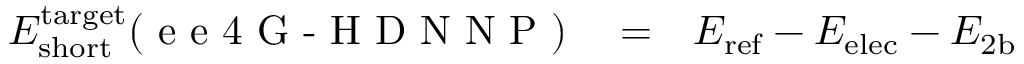
\begin{array} { r l r } { E _ { \mathrm { s h o r t } } ^ { \mathrm { t a r g e t } } ( { \textrm { e e 4 G - H D N N P } } ) } & { { } = } & { E _ { \mathrm { r e f } } - E _ { \mathrm { e l e c } } - E _ { \mathrm { 2 b } } } \end{array}